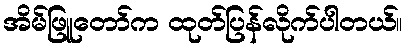
အိမ်ဖြူတော်က ထုတ်ပြန်လိုက်ပါတယ်။